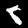
Label: 8